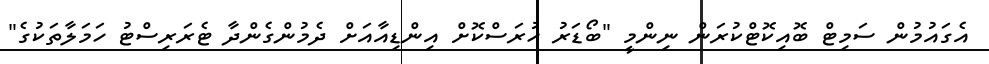
އެގައުމުން ސަމިޓް ބޮއިކޮޓްކުރަން ނިންމީ "ބޯޑަރު ހުރަސްކޮށް އިންޑިއާއަށް ދެމުންގެންދާ ޓެރަރިސްޓު ހަމަލާތަކުގެ"